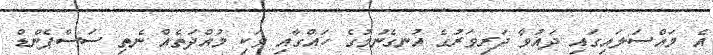
އެ މައްސަލައިގައި ދައުވާ ދަރިވަރުގެ އުނގެނުމުގެ ހައްގާއި ވަކި މުއްދަތެއް ނެތި ސަސްޕެންޑް